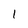
Character: 1